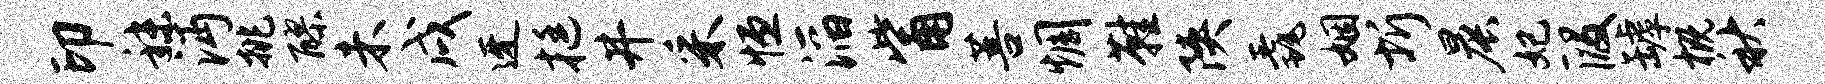
印秣沔挑醪未戌迓挺井采恒滔觜菩惆鞋陕毳姻圻晨妃段罅概秋